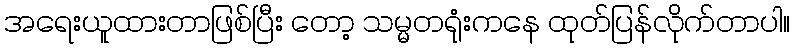
အရေးယူထားတာဖြစ်ပြီး တော့ သမ္မတရုံးကနေ ထုတ်ပြန်လိုက်တာပါ။